Civil Veterinary Department Bihar & Orissa reports 1929-36 - 1929-1936
Year: 1929
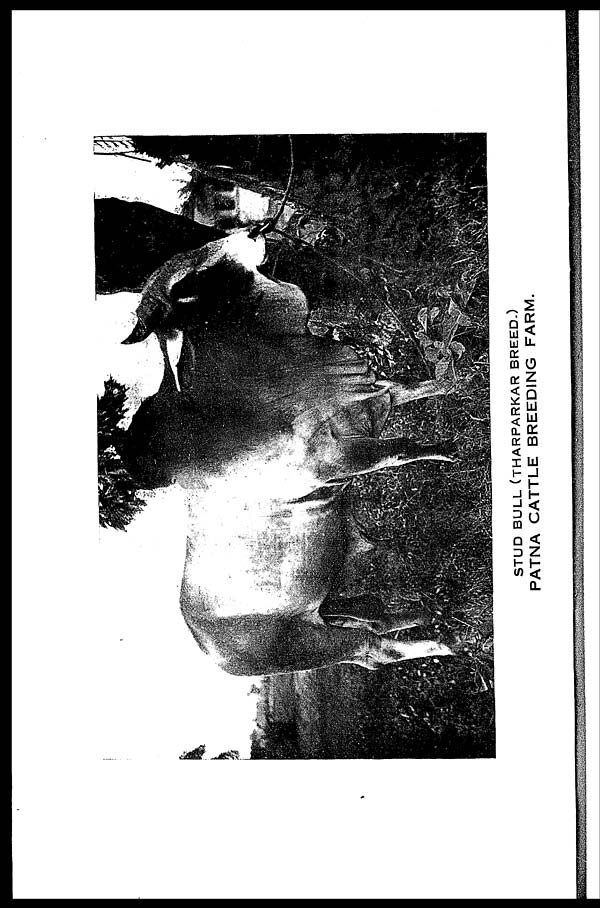
STUD BULL (THARPARKAR BREED.)
PATNA CATTLE BREEDING FARM.